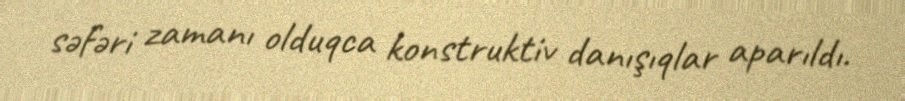
səfəri zamanı olduqca konstruktiv danışıqlar aparıldı.